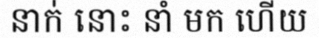
នាក់ នោះ នាំ មក ហើយ